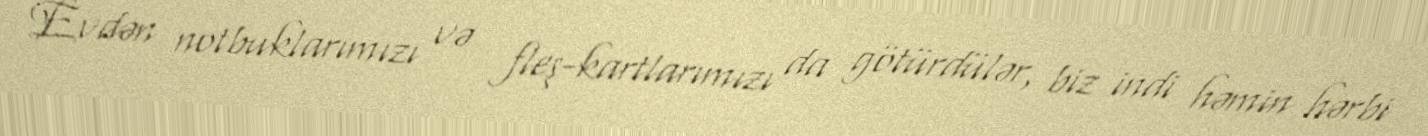
Evdən notbuklarımızı və fleş-kartlarımızı da götürdülər, biz indi həmin hərbi